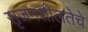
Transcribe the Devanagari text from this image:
सृजनशीलतेचे